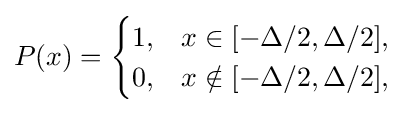
P(x)={\begin{cases}1,&x\in [-\Delta /2,\Delta /2],\\0,&x\notin [-\Delta /2,\Delta /2],\end{cases}}